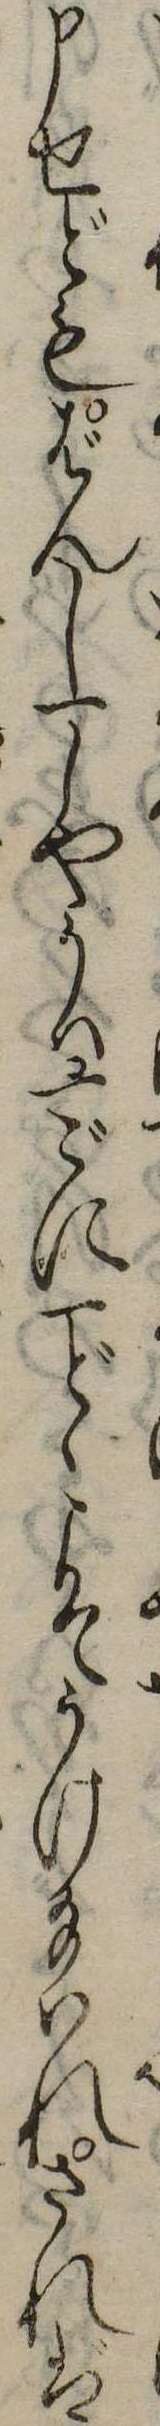
申せどもばんし一しやうは一ごに一どこそうけ給はれされば